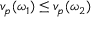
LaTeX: v _ { p } ( \omega _ { 1 } ) \leq v _ { p } ( \omega _ { 2 } )